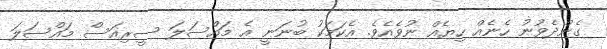
ގެންދެވުނު ހެނެއް ހިޔެއް ނުވެއެވެ. އެކަމަކު ބުނަނީ އެ މައްސަލަ ސީރިއަސް މައްސަލަ